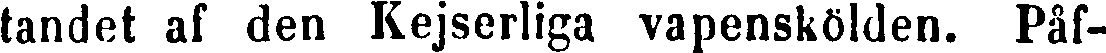
tandet af den Kejserliga vapenskölden. Påf-